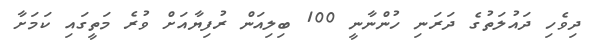
ދިވެހި ދައުލަތުގެ ދަރަނި ހުންނާނީ 100 ބިލިއަން ރުފިޔާއަށް ވުރެ މަތީގައި ކަމަށާ